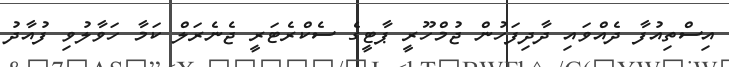
އިސްތިއުފާ ދެއްވައި ދާދިފަހުން ޖުމްހޫރީ ޕާޓީގެ ސެކްރެޓަރީ ޖެނެރަލް ކަމާ ހަވާލުވި ފުއާދު